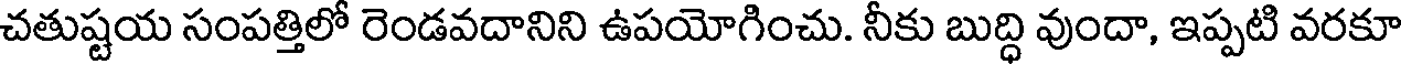
చతుష్టయ సంపత్తిలో రెండవదానిని ఉపయోగించు. నీకు బుద్ధి వుందా, ఇప్పటి వరకూ